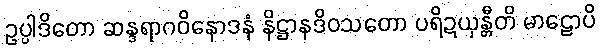
ဥပ္ပါဒိတော ဆန္ဒရာဂဝိနောဒနံ နိဋ္ဌာနဒိဝသတော ပရိဍယှန္တီတိ မာဠောပိ